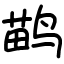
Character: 鹋